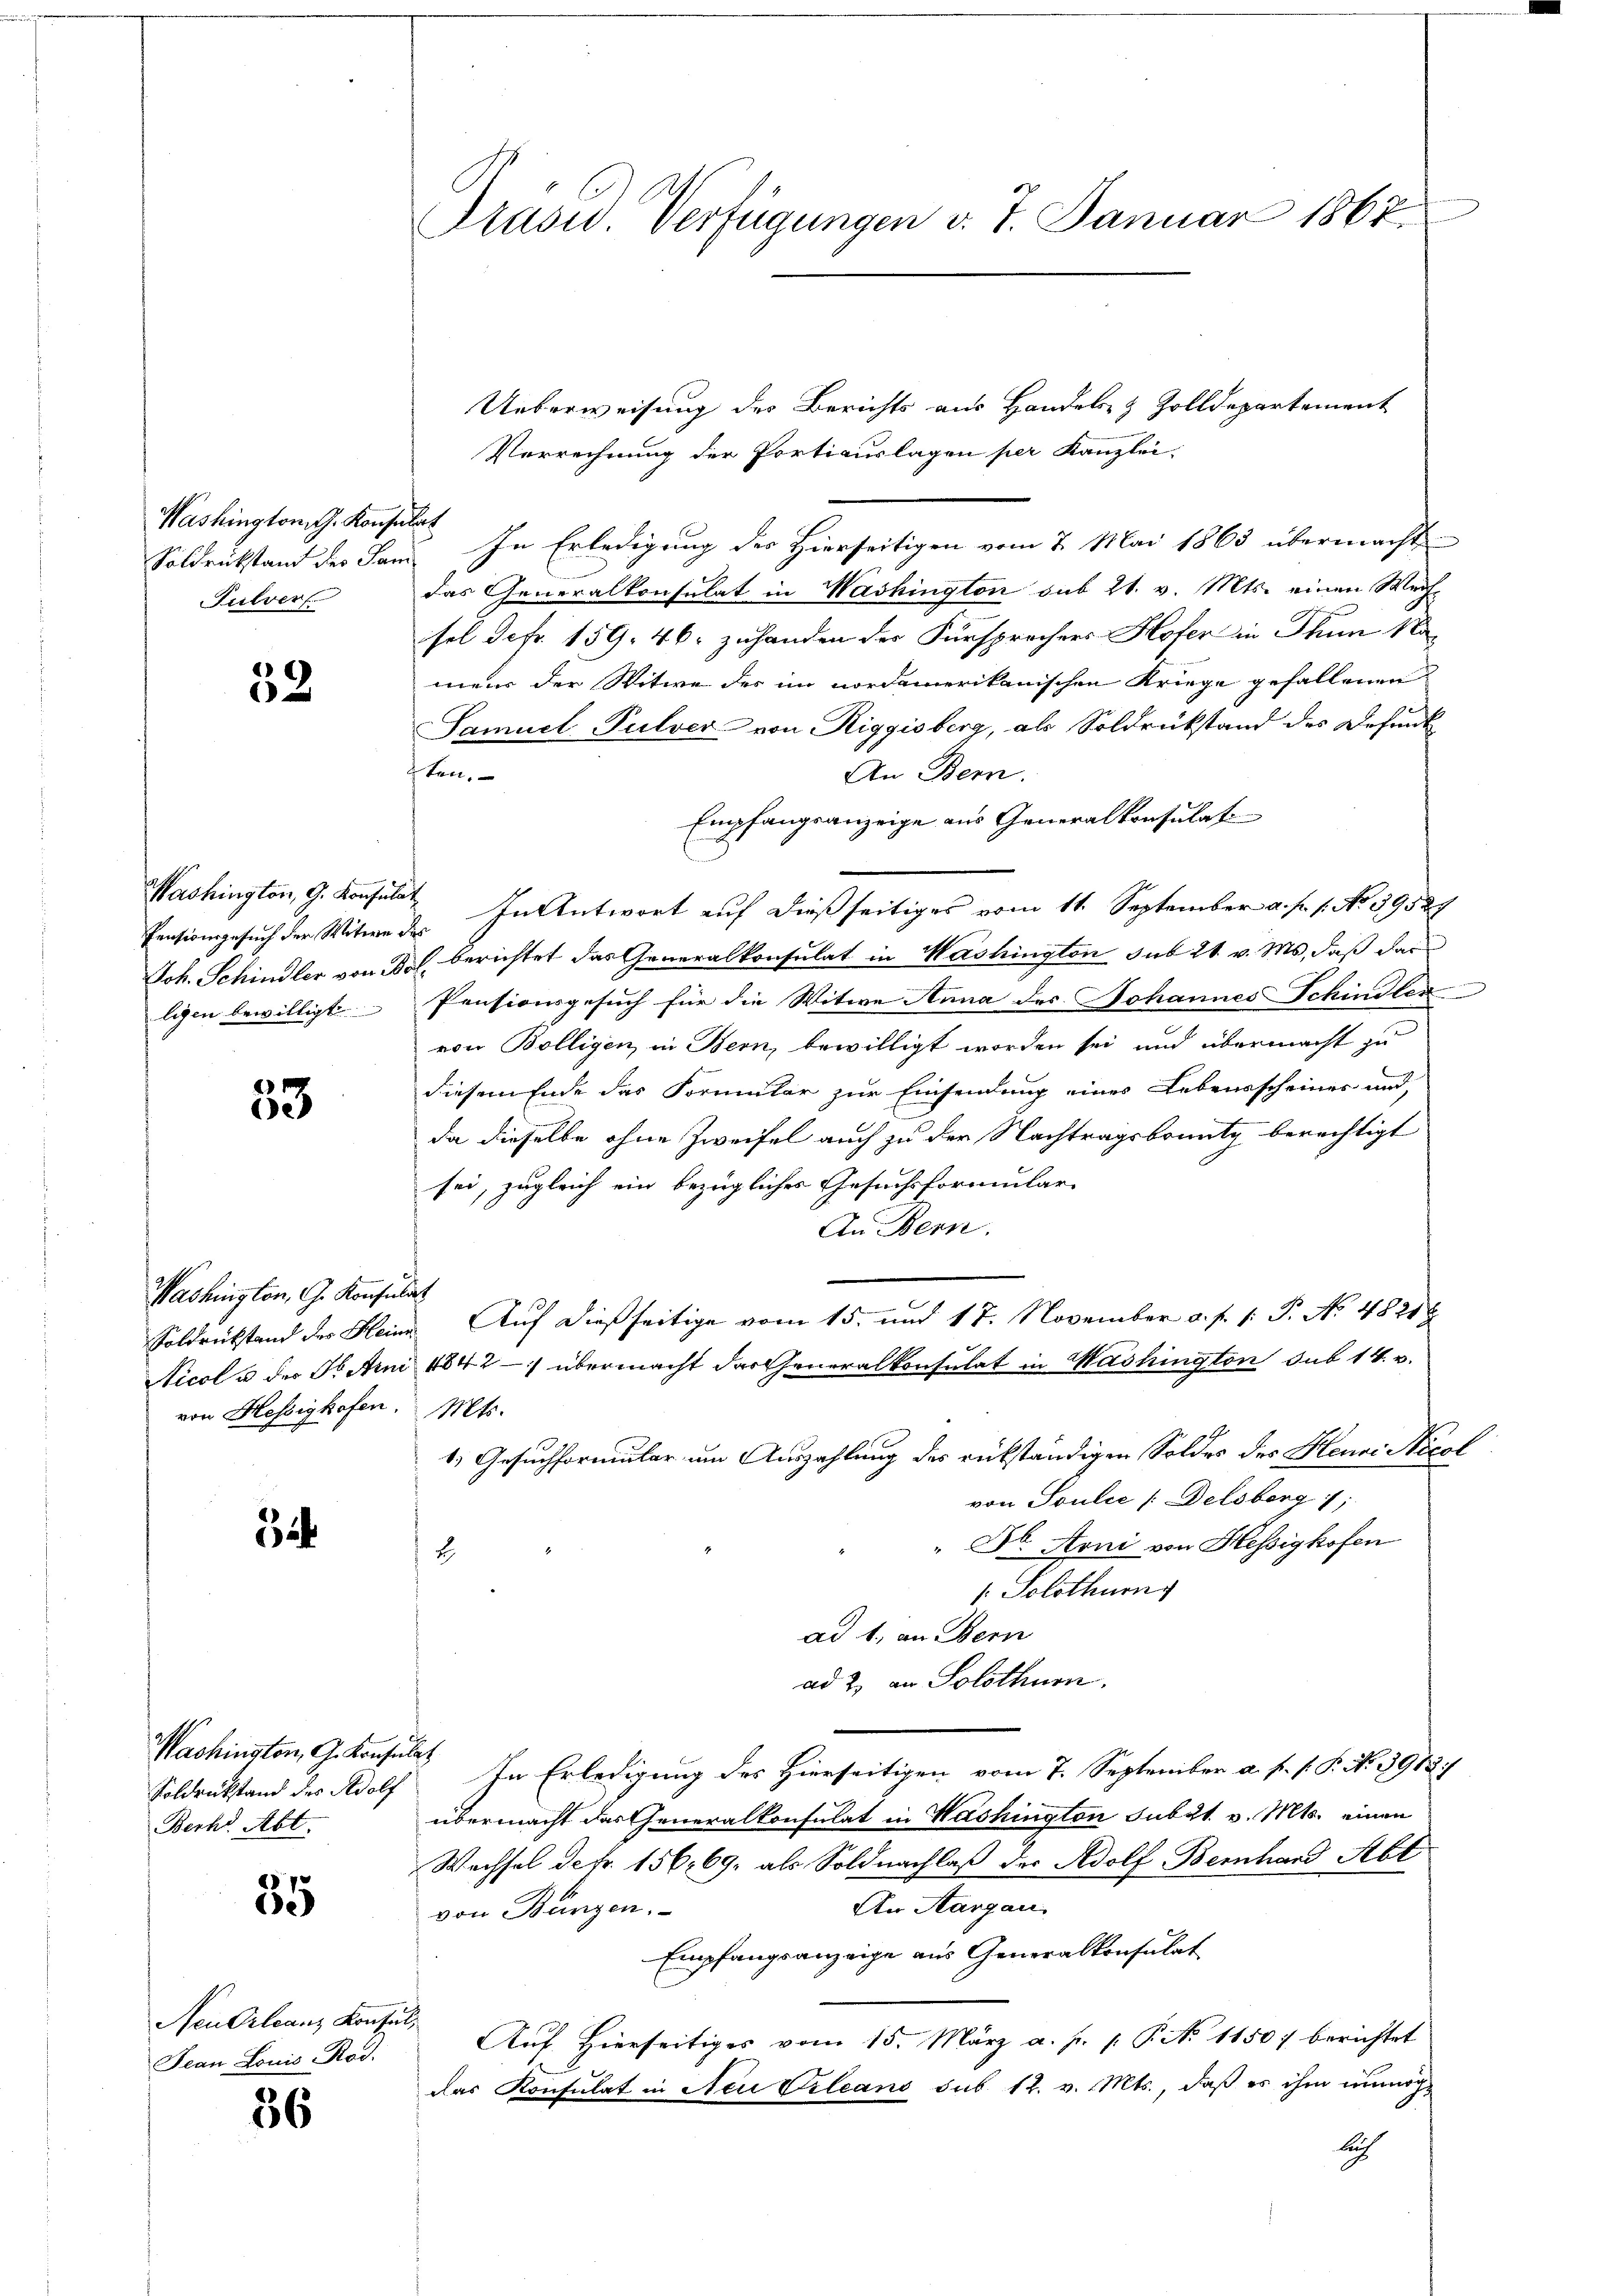
Washington G. Konsulat
Pulver

53

Pensionsgesuch der Witwe des

53

Washington, G. Konsulat
von Hessighofen. Mts.

3

Washington, G. Konsulat
Soldrückstand des Adolf
Berh. Abt.
7
e)
Neu Orleanz Konsul,
Jean Louis-Rod.
36

Präsid. Verfügungen v. 7. Januar 1867.

Ueberweisung des Berichts aus Handel & Zolldepartement
Verrechnung der Portiauslagen per Kanzlei-
Soldrükstand der Laus. In Erledigung des Hierseitigen vom 7. Mai 1863 übermacht
das Generalkonsulat in Washington sub 21. v. Mts. einen Wechsel Sefr. 159. 46. zuhanden der Fürsprechers Hofer in Thun 1
mens der Witwe des im nordamerikanischen Kriege gefallenen
Samuel Pulver von Riggisberg, als Soldrükstand des Defent
ten.
An Bern.
Empfangsanzeige aus Generalkonsulati
Washington, G. Konsulat In Antwort auf dießseitiges vom 11. September a. f. 1. No. 39527
Joh. Schindler von Fol. berichtet das Generalkonsulat in Washington sub 21. v. Ms., daß das
ligen bewilligt Pensionsgesuch für die Witwe Anna des Johannes Schindler
von Bolligen, in Bern, bewilligt worden sei und übermacht zu
diesem Ende das Formular zur Einsendung eines Lebensscheiner und,
da dieselbe ohne Zweifel auch zu der Nachtragsbounty berechtigt
sei, zugleich ein bezügliches Gesuchsformular-
An Bern.
Soldrückstand der Heine Auf dießseitige vom 15. und 17. November a. f. 1: P. No. 48218
Siccl u der 3. Anni 1842 - übermacht der Generalkonsulat in Washington sub 14. v.
1) Gesuchformular um Auszahlung des rükständigen Soldes des Heure Nicol
von Soulić [Delsberg 1;
" Dr. Arni von Hessighofen
2
1. Solothurn
ad 1. an Bern
ad 2. an Solothurn.
In Erledigung des Hierseitigen vom 7. September a. p. s. P. N. 3918/
übermacht das Generalkonsulat in Washington Subzt. v. Mts. einen
Wechsel defr. 156. 69. als Soldnachlaß der Adolf Bernhard Abt
An Aargau.
von Bünzen.
Empfangsanzeige aus Generalkonsulat
Auf hierseitiges vom 15. März a. p. p. P. No 1150) berichtet
das Konsulat in Neu Vileans sub. 12. v. Mts., daß es ihm unmöglich